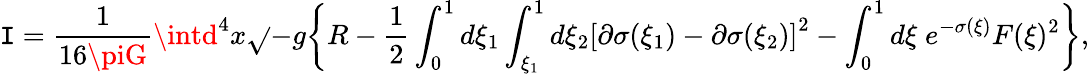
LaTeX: \mathtt{I}={\frac{{1}}{{16\piG}}}\intd^{4}x\sqrt{}{{-g}}\biggl\{ R-{\frac{{1}}{{2}}}\int_{0}^{1}d\xi_{1}\int_{\xi_{1}}^{1}d\xi_{2}\left[\partial\sigma(\xi_{1})-\partial\sigma(\xi_{2})\right]^{2}-\int_{0}^{1}d\xi\; e^{-\sigma(\xi)}F(\xi)^{2}\biggr\} ,